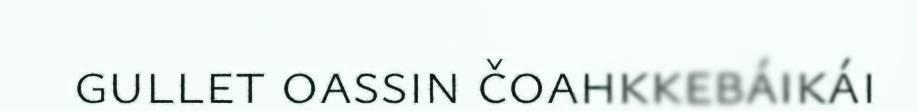
gullet oassin čoahkkebáikái